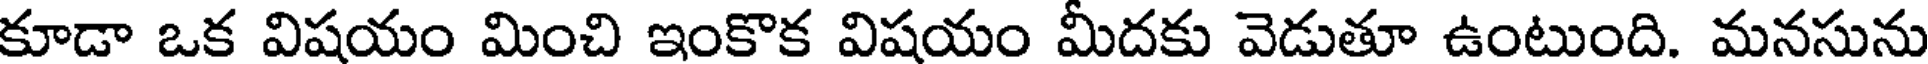
కూడా ఒక విషయం మించి ఇంకొక విషయం మీదకు వెడుతూ ఉంటుంది. మనసును